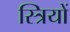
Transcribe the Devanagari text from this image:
स्‍त्रियों